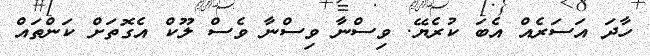
ހާދަ އަސަރެއް އެބަ ކުރެޔޭ. ވިސްނާ ވިސްނާ ވެސް ލޫކް އެގޮތަށް ކަންތައް